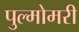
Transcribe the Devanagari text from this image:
पुल्मोमरी